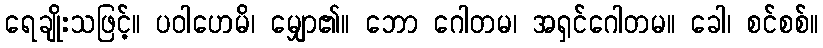
ရေချိုးသဖြင့်။ ပဝါဟေမိ၊ မျှော၏။ ဘော ဂေါတမ၊ အရှင်ဂေါတမ။ ခေါ၊ စင်စစ်။